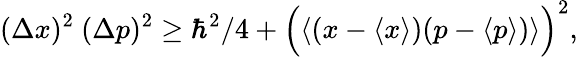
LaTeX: (\Delta x)^{2}~(\Delta p)^{2}\geq\hbar^{2}/4+\Bigl(\langle(x-\langle x\rangle)(p-\langle p\rangle)\rangle\Bigr)^{2},